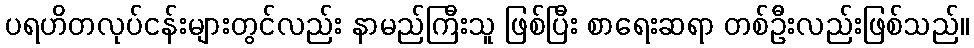
ပရဟိတလုပ်ငန်းများတွင်လည်း နာမည်ကြီးသူ ဖြစ်ပြီး စာရေးဆရာ တစ်ဦးလည်းဖြစ်သည်။